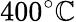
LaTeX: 400^{\circ}\mathbb{C}